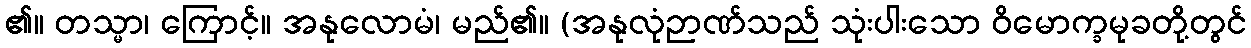
၏။ တသ္မာ၊ ကြောင့်။ အနုလောမံ၊ မည်၏။ (အနုလုံဉာဏ်သည် သုံးပါးသော ဝိမောက္ခမုခတို့တွင်